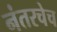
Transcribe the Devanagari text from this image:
नंतरचेच